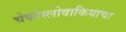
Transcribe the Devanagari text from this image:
चेकोस्लोवाकियाचा